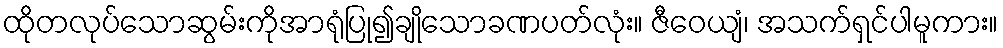
ထိုတလုပ်သောဆွမ်းကိုအာရုံပြု၍ချိုသောခဏပတ်လုံး။ ဇီဝေယျံ၊ အသက်ရှင်ပါမူကား။